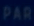
PAR